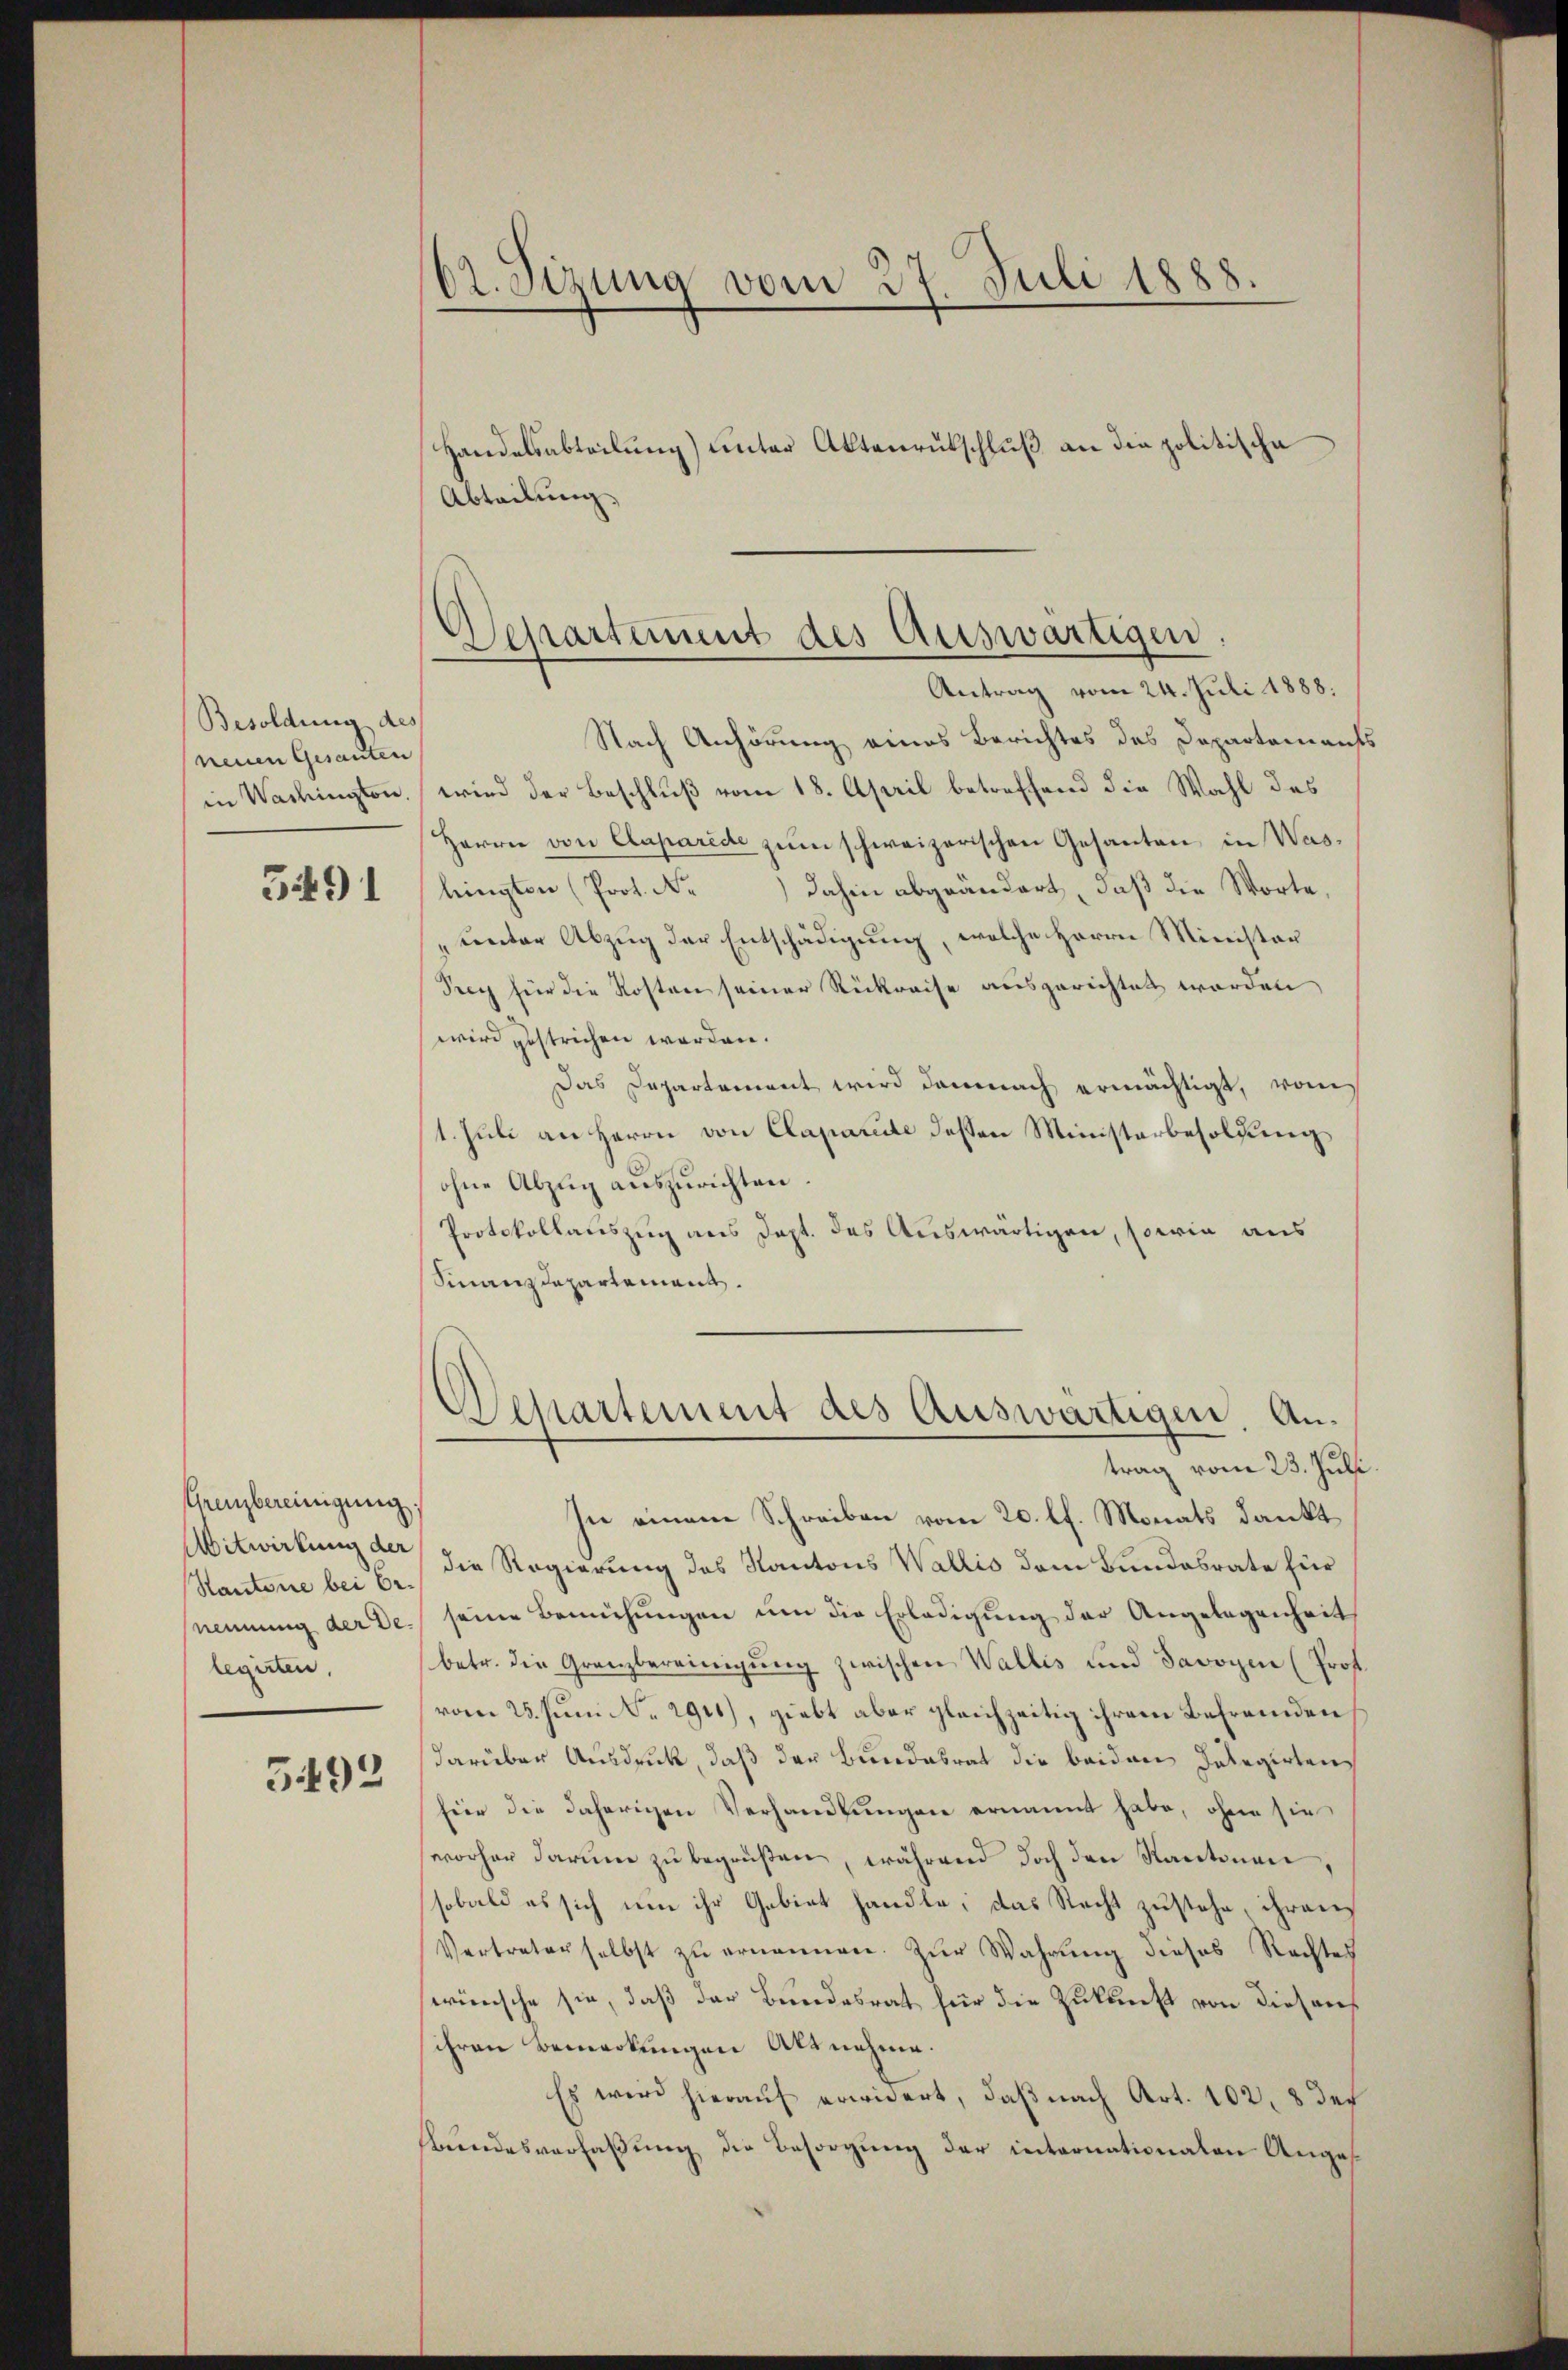
Besoldung des
neuen Gesanten

391

Grenzbereinigung.
Aitwirkung der
nennung der De
legirten,

5492

dt. Sizung vom 27. Juli 1888

Abteilung.

Nach Anhörung eines Berichtes des Departements
in Washington, wird der Beschluß vom 18. April betreffend die Wahl des
Herrn von Claparede zum schweizerischen Gesanten in Was-
lringten (Prot. Nr.) dahin abgeändert, daß die Worte,
„unter Abzug der Entschädigung, welche Herrn Minister
Prey für die Kosten seiner Rückreise ausgerichtet worden
wird gestrichen worden.
Das Departement wird demnach ermächtigt, vom
1. Juli an Herrn von Claparite dessen Ministerbesoldung
ohne Abzug auszurichten.
Protokollauszug aus dept. des Auswärtigen, sowie aus
Sinanzdepartement.

Handelsabteilung) unter Aktenrütschluß an die politische

In einem Schreiben vom 20. lt. Monats dankt
Kantone bei 6. die Regierung des Kantons Wallis dem Bundesrate für
seine Bemühungen um die Erledigung der Angelegenheit
betr. die Granzbereinigung zwischen Wallis und Savoyen (Prof.
vom 25. Juni d. 2911), giebt aber gleichzeitig ihrem Befremden
darüber Ausdruck, daß der Bundesrat die beiden Inlegirten
für die daherigen Verhandlungen ernannt habe, ohne sie
worher darum zu begrüßen, während doch den Kantonen,
sobald es sich um ihr Gebiet handle, das Recht zustehe, ihren
Vertreter selbst zŭ ernennen. Zur Wahrung dieses Rechtes
wünsche sie, daß der Bundesrat für die Zukunft von diesens
sihren Bemerkungen Akt nehme.
Es wird hierauf erwidert, daß nach Art. 102, 8 des
Aendesverfaßung die Besorgung der internationalen Anges

Departement des Auswärtigen
Antrag vom 24. Juli 1888.

Departement des Auswärtigen. Antrag vom 23. Juli.